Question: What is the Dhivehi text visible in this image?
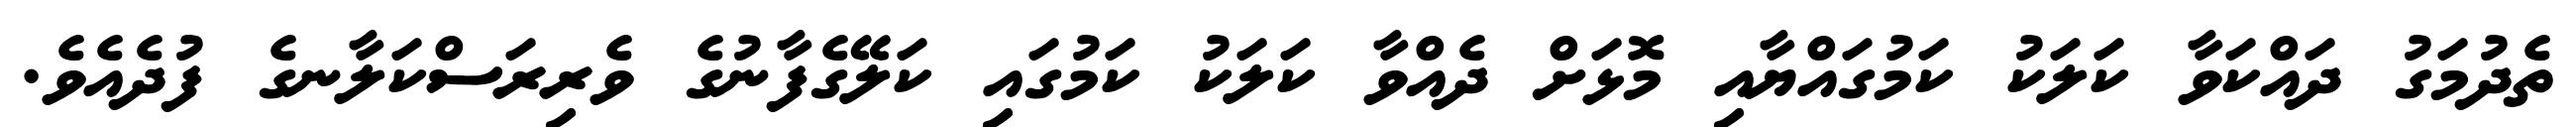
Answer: ތެދުމަގު ދައްކަވާ ކަލަކު ކަމުގައްޔާއި މޮޅަށް ދެއްވާ ކަލަކު ކަމުގައި ކަލޭގެފާނުގެ ވެރިރަސްކަލާނގެ ފުދެއެވެ.